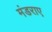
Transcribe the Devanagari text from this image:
मंडराए